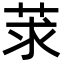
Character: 莍